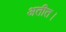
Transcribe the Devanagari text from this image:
अतीत।